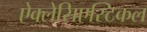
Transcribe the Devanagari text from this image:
ऐक्लेसिएस्टिकल